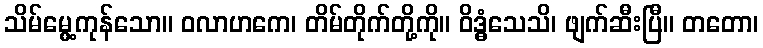
သိမ်မွေ့ကုန်သော။ ဝလာဟကေ၊ တိမ်တိုက်တို့ကို။ ဝိဒ္ဓံသေသိ၊ ဖျက်ဆီးပြီ။ တတော၊